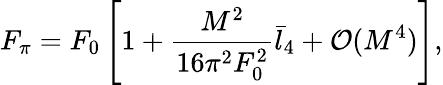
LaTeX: F_{\pi}=F_{0}\left[1+\frac{M^{2}}{16\pi^{2}F_{0}^{2}}\bar{l}_{4}+{\cal O}(M^{4})\right],